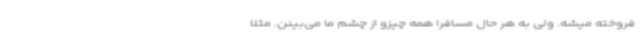
فروخته میشه. ولی به هر حال مسافرا همه چیزو از چشم ما می‌بینن. مثلا